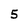
Character: 5